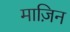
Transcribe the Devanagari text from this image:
माज़िन